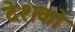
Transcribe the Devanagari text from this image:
देशको